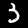
Digit: 3